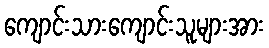
ကျောင်းသားကျောင်းသူများအား